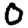
Digit: 0